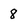
Character: 8